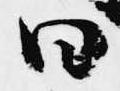
曰